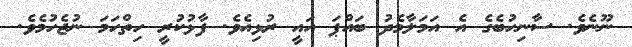
ނޫނެވެ. ސާނިހުބެގެ އެ އަމަލާމެދު ބައްޕަ އައީ ރުޅިއެވެ. ފާޅުކުރީ ހިތްހަމަ ނުޖެހުމެވެ.